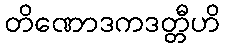
တိဏောဒကဒတ္တီဟိ